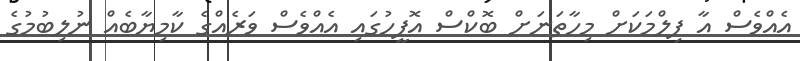
އެއްވެސް އާ ފިލްމަކަށް މިހާތަނަށް ބޮކްސް އޮފީހުގައި އެއްވެސް ވަރެއްގެ ކާމިޔާބެއް ނުލިބުމުގެ